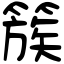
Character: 簇